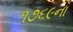
૧૭૬૯ના